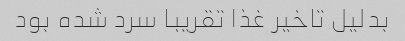
بدلیل تاخیر غذا تقریبا سرد شده بود